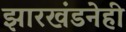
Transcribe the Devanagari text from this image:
झारखंडनेही